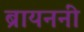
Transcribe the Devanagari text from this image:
ब्रायननीं